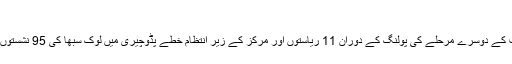
نیا…
نئی دہلی — بھارت میں جاری انتخابات کے دوسرے مرحلے کی پولنگ کے دوران 11 ریاستوں اور مرکز کے زیرِ انتظام خطے پڈوچیری میں لوک سبھا کی 95 نشستوں کے لیے جمعرات کو ووٹ ڈالے گئے۔